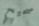
صحيح